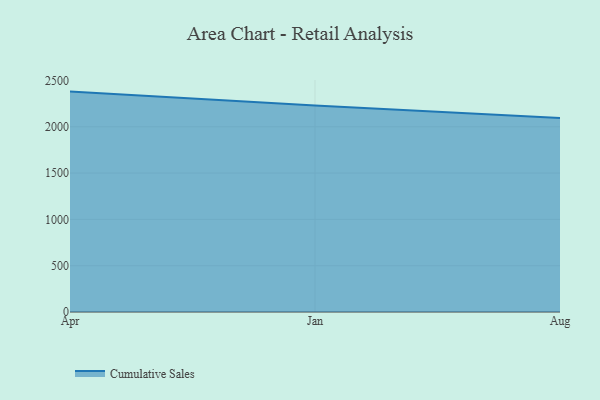
{"axis": {"x": "Month", "y": "Latency (ms)"}, "legend": ["Cumulative Sales"], "data": [{"x": "Apr", "y": 2379.8, "type": "Cumulative Sales"}, {"x": "Jan", "y": 2229.6, "type": "Cumulative Sales"}, {"x": "Aug", "y": 2096.0, "type": "Cumulative Sales"}]}